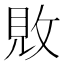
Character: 𫾴